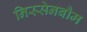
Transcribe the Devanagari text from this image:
निस्सेनबौम